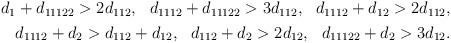
LaTeX: \begin{align*}\begin{aligned}d_1+d_{11122}>2d_{112},\ \ d_{1112} + d_{11122} > 3d_{112},\ \ d_{1112} + d_{12} > 2d_{112},\\d_{1112} + d_{2} > d_{112} + d_{12},\ \ d_{112} + d_{2} > 2d_{12},\ \ d_{11122} + d_{2} > 3 d_{12}.\end{aligned}\end{align*}